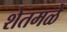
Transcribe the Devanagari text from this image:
शेतमळे